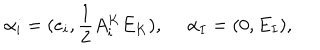
LaTeX: \alpha _ { i } = ( e _ { i } , { \frac { 1 } { 2 } } A _ { i } ^ { K } E _ { K } ) , \ \alpha _ { I } = ( 0 , E _ { I } ) ,